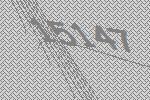
15147